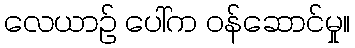
လေယာဉ် ပေါ်က ဝန်ဆောင်မှု။